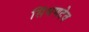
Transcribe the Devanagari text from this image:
सिंधणदेव